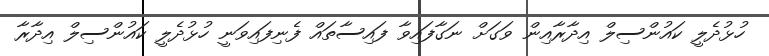
ހުޅުދެލީ ކައުންސިލް އިދާރާއިން ވަގަށް ނަގާފައިވާ ފައިސާތައް ފެނިފައިވަނީ ހުޅުދެލީ ކައުންސިލް އިދާރާ